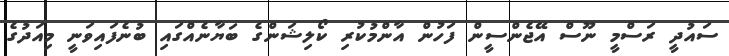
ސައުދީ ރަސްމީ ނޫސް އޭޖެންސީން ފަހުން އާންމުކުރި ކޯލިޝަންގެ ބަޔާނެއްގައި ބުނެފައިވަނީ މިއަދުގެ